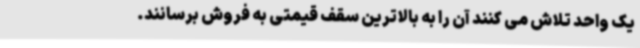
یک واحد تلاش می کنند آن را به بالاترین سقف قیمتی به فروش برسانند.